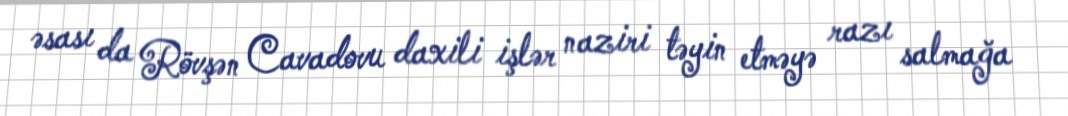
əsası da Rövşən Cavadovu daxili işlər naziri təyin etməyə razı salmağa